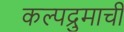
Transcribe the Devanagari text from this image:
कल्पद्रुमाचीं